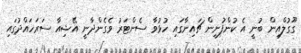
ގޫގުލްއިން ބުނީ އެ ކުންފުނިން ޗައިނާގައި ހުޅުވާ ސެންޓަރު ވެގެންދާނީ އޭޝިއާ ސަރަހައްދުގައި